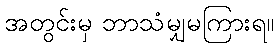
အတွင်းမှ ဘာသံမျှမကြားရ။